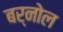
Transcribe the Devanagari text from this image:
बर्नोल